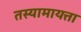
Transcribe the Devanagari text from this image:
तस्यामायत्ता